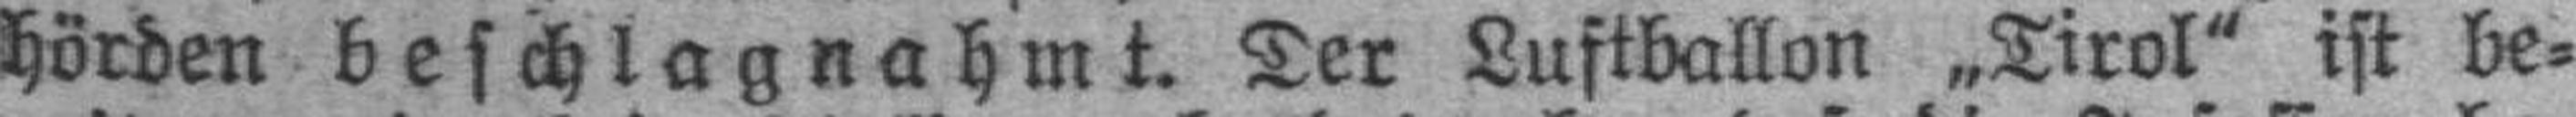
hörden beschlagnahmt. Der Luftballon „Tirol“ ist be¬